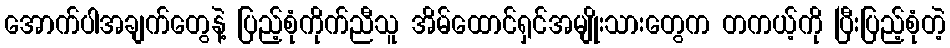
အောက်ပါအချက်တွေနဲ့ ပြည့်စုံကိုက်ညီသူ အိမ်ထောင်ရှင်အမျိုးသားတွေက တကယ့်ကို ပြီးပြည့်စုံတဲ့